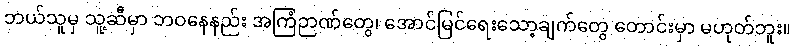
ဘယ်သူမှ သူ့ဆီမှာ ဘဝနေနည်း အကြံဉာဏ်တွေ၊ အောင်မြင်ရေးသော့ချက်တွေ တောင်းမှာ မဟုတ်ဘူး။